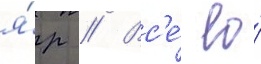
я́р // Вс'е́ ео́